Leaving Certificate Examination, 1903
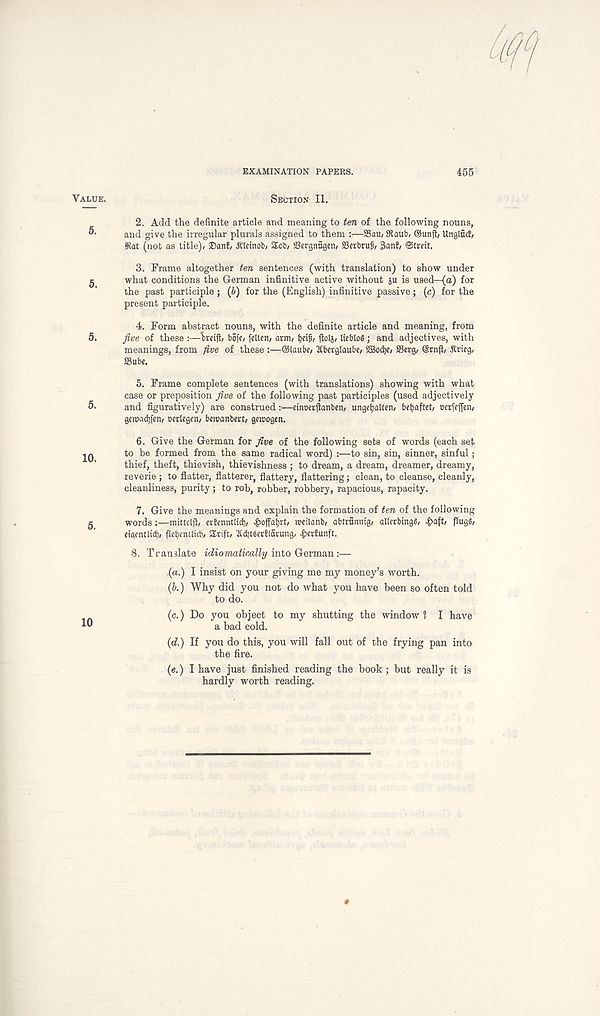
EXAMINATION PAPERS.
455
Value.
Section II.
2. Add the definite article and meaning to ten of the following nouns,
and give the irregular plurals assigned to them :—23au/ Slant* ©unjh Unglficf,
Slat (not as title)* J)anE, -ftleinob* SEcb* SScrgnttgcn, SSerbruf* 3anE* ©treit.
3. Frame altogether ten sentences (with translation) to show under
g what conditions the German infinitive active without ju is used—(a) for
the past participle; (6) for the (English) infinitive passive; (c) for the
present participle.
4. Form abstract nouns, with the definite article and meaning, from
5. jive of these :—Veijt, bofc* feltcn* arm* fyeif, ftolj, liebloS; and adjectives, with
meanings, from five of these :—©laube, 3tbergtaubc* SBodjc, SBerg, ©rnfl, ^rieg,
SSube.
5. Frame complete sentences (with translations) showing with what
case or preposition jive of the following past participles (used adjectively
5. and figuratively) are construed :—cinoerjtanben* ungefyalten* befyaftet* eerfefjen*
gaoacfy' en* ccrlcgen* beroanbert* gcmogen.
6. Give the German for jive of the following sets of words (each set
2Q to be formed from the same radical word) :—to sin, sin, sinner, sinful;
thief, theft, thievish, thievishness; to dream, a dream, dreamer, dreamy,
reverie ; to flatter, flatterer, flattery, flattering; clean, to cleanse, cleanly,
cleanliness, purity; to rob, robber, robbery, rapacious, rapacity.
7. Give the meanings and explain the formation of ten of the following
g
words :—mittdft, erfenntlid), #offat)rt* weitanb, abtrfinnig* allerbingS* -£>aft, flugg*
eigentlid), fletjentlicb* IXrift* ' XdjteerElarung* ^erfunft.
8. Translate idiomatically into German :—
(a.) I insist on your giving me my money’s worth.
(b.) Why did you not do what you have been so often told
to do.
(c.) Do you object to my shutting the window? I have
a bad cold.
(d.) If you do this, you will fall out of the frying pan into
the fire.
(e.) I have just finished reading the book ; but really it is
hardly worth reading.